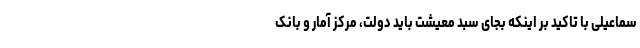
سماعیلی با تاکید بر اینکه بجای سبد معیشت باید دولت، مرکز آمار و بانک